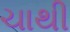
ચાથી